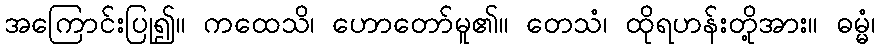
အကြောင်းပြု၍။ ကထေသိ၊ ဟောတော်မူ၏။ တေသံ၊ ထိုရဟန်းတို့အား။ ဓမ္မံ၊